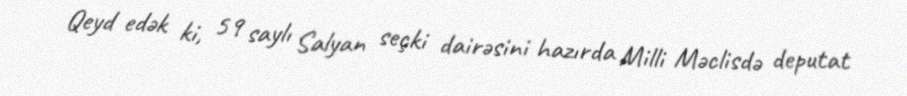
Qeyd edək ki, 59 saylı Salyan seçki dairəsini hazırda Milli Məclisdə deputat